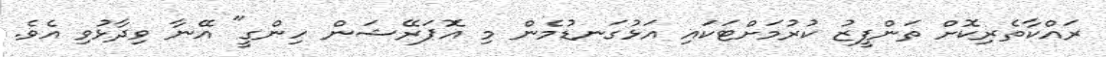
ރައްކާތެރިކޮށް ތަންފީޒު ކުރުމަށްޓަކައި އަޅުގަނޑުމެން މި އޮޕަރޭޝަން ހިންގީ" އޭނާ ވިދާޅުވި އެވެ.